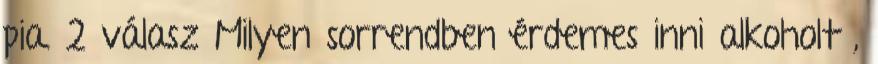
pia. 2 válasz Milyen sorrendben érdemes inni alkoholt ,